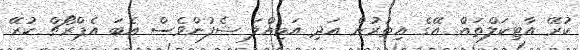
ކުރޭ އާޓިކަލްތައް. އޭގެ އިތުރުން އަދި އަމިއްލަ ޝެފުންވެސް އެބަ އެޕްރޯޗް ކުރޭ